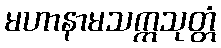
မဟာနာမသက္ကသုတ္တံ